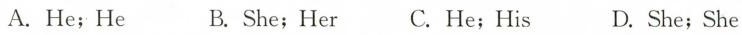
A. He;He B. She;Her C. He;His D. She;She